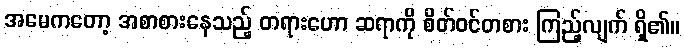
အမေကတော့ အစာစားနေသည့် တရားဟော ဆရာကို စိတ်ဝင်တစား ကြည့်လျက် ရှိ၏။